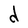
Character: d